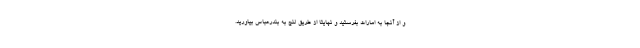
و از آنجا به امارات بفرستید و نهایتاً از طریق لنج به بندرعباس بیاورید.